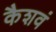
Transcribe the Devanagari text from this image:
कैशवं